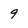
Character: 9